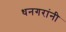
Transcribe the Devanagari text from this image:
धनगरांनी